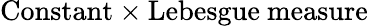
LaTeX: {\mathrm{Constant}}\times{\mathrm{Lebesgue~measure}}